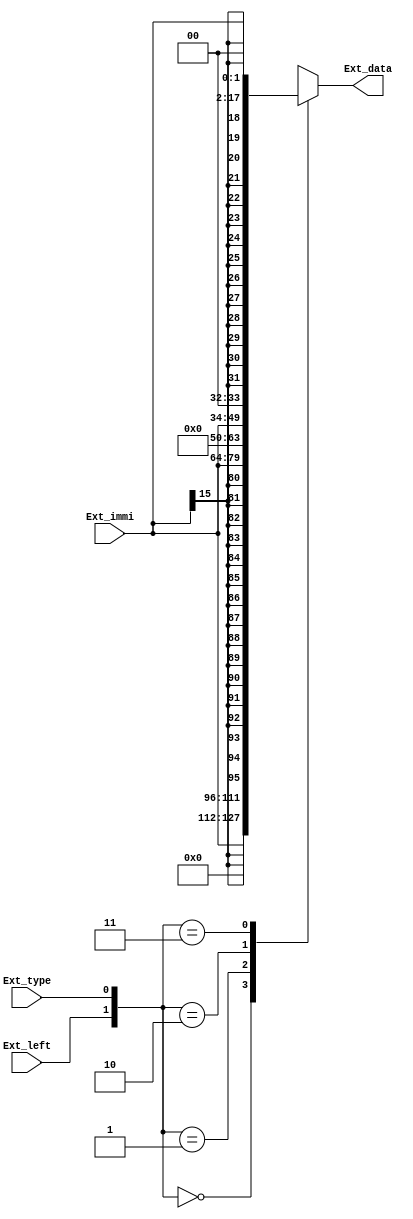
`default_nettype wire

module Extend(
    input wire[15:0] Ext_immi,//
    input wire Ext_left,//
    input wire Ext_type,//
    output reg[31:0] Ext_data//
    );

    always @(*) begin
        case({Ext_left, Ext_type})
            2'b00: Ext_data = {{16'b0}, Ext_immi};
            2'b01: Ext_data = {{16{Ext_immi[15]}}, Ext_immi};
            2'b10: Ext_data = {14'b0, Ext_immi, 2'b00};
            2'b11: Ext_data = {{14{Ext_immi[15]}}, Ext_immi, 2'b00};
        endcase
    end
    
endmodule